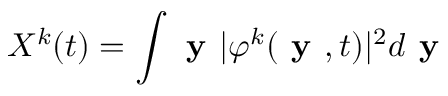
X ^ { k } ( t ) = \int \textbf { y } \vert \varphi ^ { k } ( \textbf { y } , t ) \vert ^ { 2 } d \textbf { y }